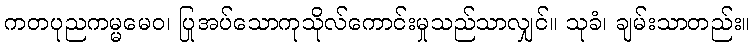
ကတပုညကမ္မမေဝ၊ ပြုအပ်သောကုသိုလ်ကောင်းမှုသည်သာလျှင်။ သုခံ၊ ချမ်းသာတည်း။